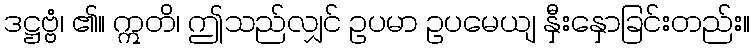
ဒဋ္ဌဗ္ဗံ၊ ၏။ ဣတိ၊ ဤသည်လျှင် ဥပမာ ဥပမေယျ နှီးနှောခြင်းတည်း။